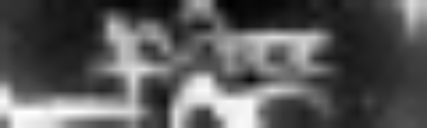
pati